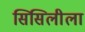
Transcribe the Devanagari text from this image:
सिसिलीला